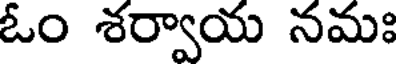
ఓం శర్వాయ నమః